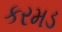
કરમડ